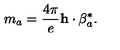
m _ { a } = \frac { 4 \pi } { e } { \bf h } \cdot { { \mathrm { \boldmath \beta } } _ { a } ^ { * } } .